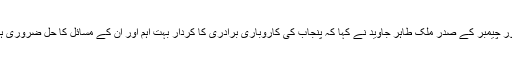
لاہور چیمبر کے صدر ملک طاہر جاوید نے کہا کہ پنجاب کی کاروباری برادری کا کردار بہت اہم اور ان کے مسائل کا حل ضروری ہے۔